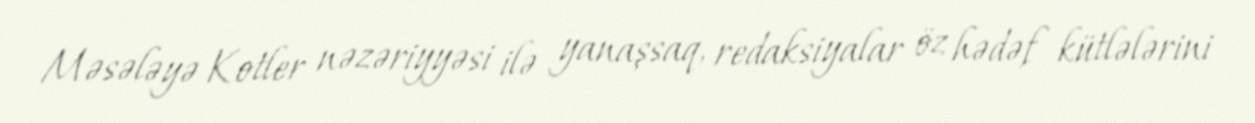
Məsələyə Kotler nəzəriyyəsi ilə yanaşsaq, redaksiyalar öz hədəf kütlələrini